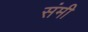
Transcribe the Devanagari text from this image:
संमी